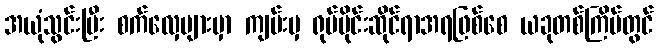
အယုံသွင်းပြီး စက်လှေများမှာ ကျမ်းမှ ရုပ်ပိုင်းဆိုင်ရာအရဖြစ်စေ ယခုတစ်ကြိမ်တွင်